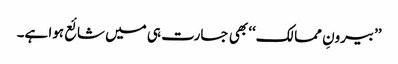
’’بیرونِ ممالک‘‘ بھی جسارت ہی میں شائع ہوا ہے۔